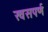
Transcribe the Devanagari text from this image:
खसपर्ण